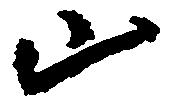
山